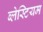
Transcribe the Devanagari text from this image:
ब्लेस्टियम